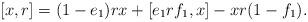
LaTeX: \begin{align*}[x,r]=(1-e_1)rx+[e_1rf_1,x]-xr(1-f_1).\end{align*}